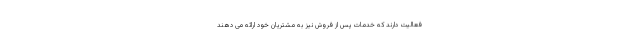
فعالیت دارند که خدمات پس از فروش نیز به مشتریان خود ارائه می دهند